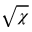
\sqrt { \chi }